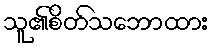
သူ၏စိတ်သဘောထား